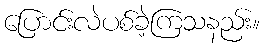
ပြောင်းလဲပစ်ခဲ့ကြသနည်း။